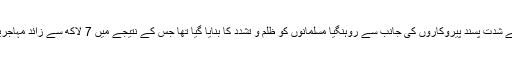
واضح رہے کہ گزشتہ برس میانمار فوج اور بدھ مت کے شدت پسند پیروکاروں کی جانب سے روہنگیا مسلمانوں کو ظلم و تشدد کا بنایا گیا تھا جس کے نتیجے میں 7 لاکھ سے زائد مہاجرین بنگلہ دیش کے کیمپوں میں پناہ لینے پر مجبور ہوئے۔